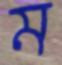
ম